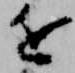
近